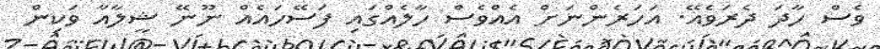
ވެސް ހާދަ ދެރަވެއޭ. އަހަރެންނަށް އެއްވެސް ހާލެއްގައި ފަސޭހައެއް ނޫނޭ ޝީލާއާ ވަކިން